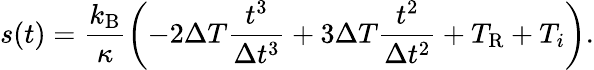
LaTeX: s(t)=\frac{k_{\mathrm{B}}}{\kappa}\left(-2\Delta T\frac{t^{3}}{\Delta t^{3}}+3\Delta T\frac{t^{2}}{\Delta t^{2}}+T_{\mathrm{R}}+T_{i}\right).